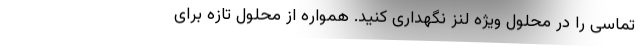
تماسی را در محلول ویژه لنز نگهداری کنید. همواره از محلول تازه برای